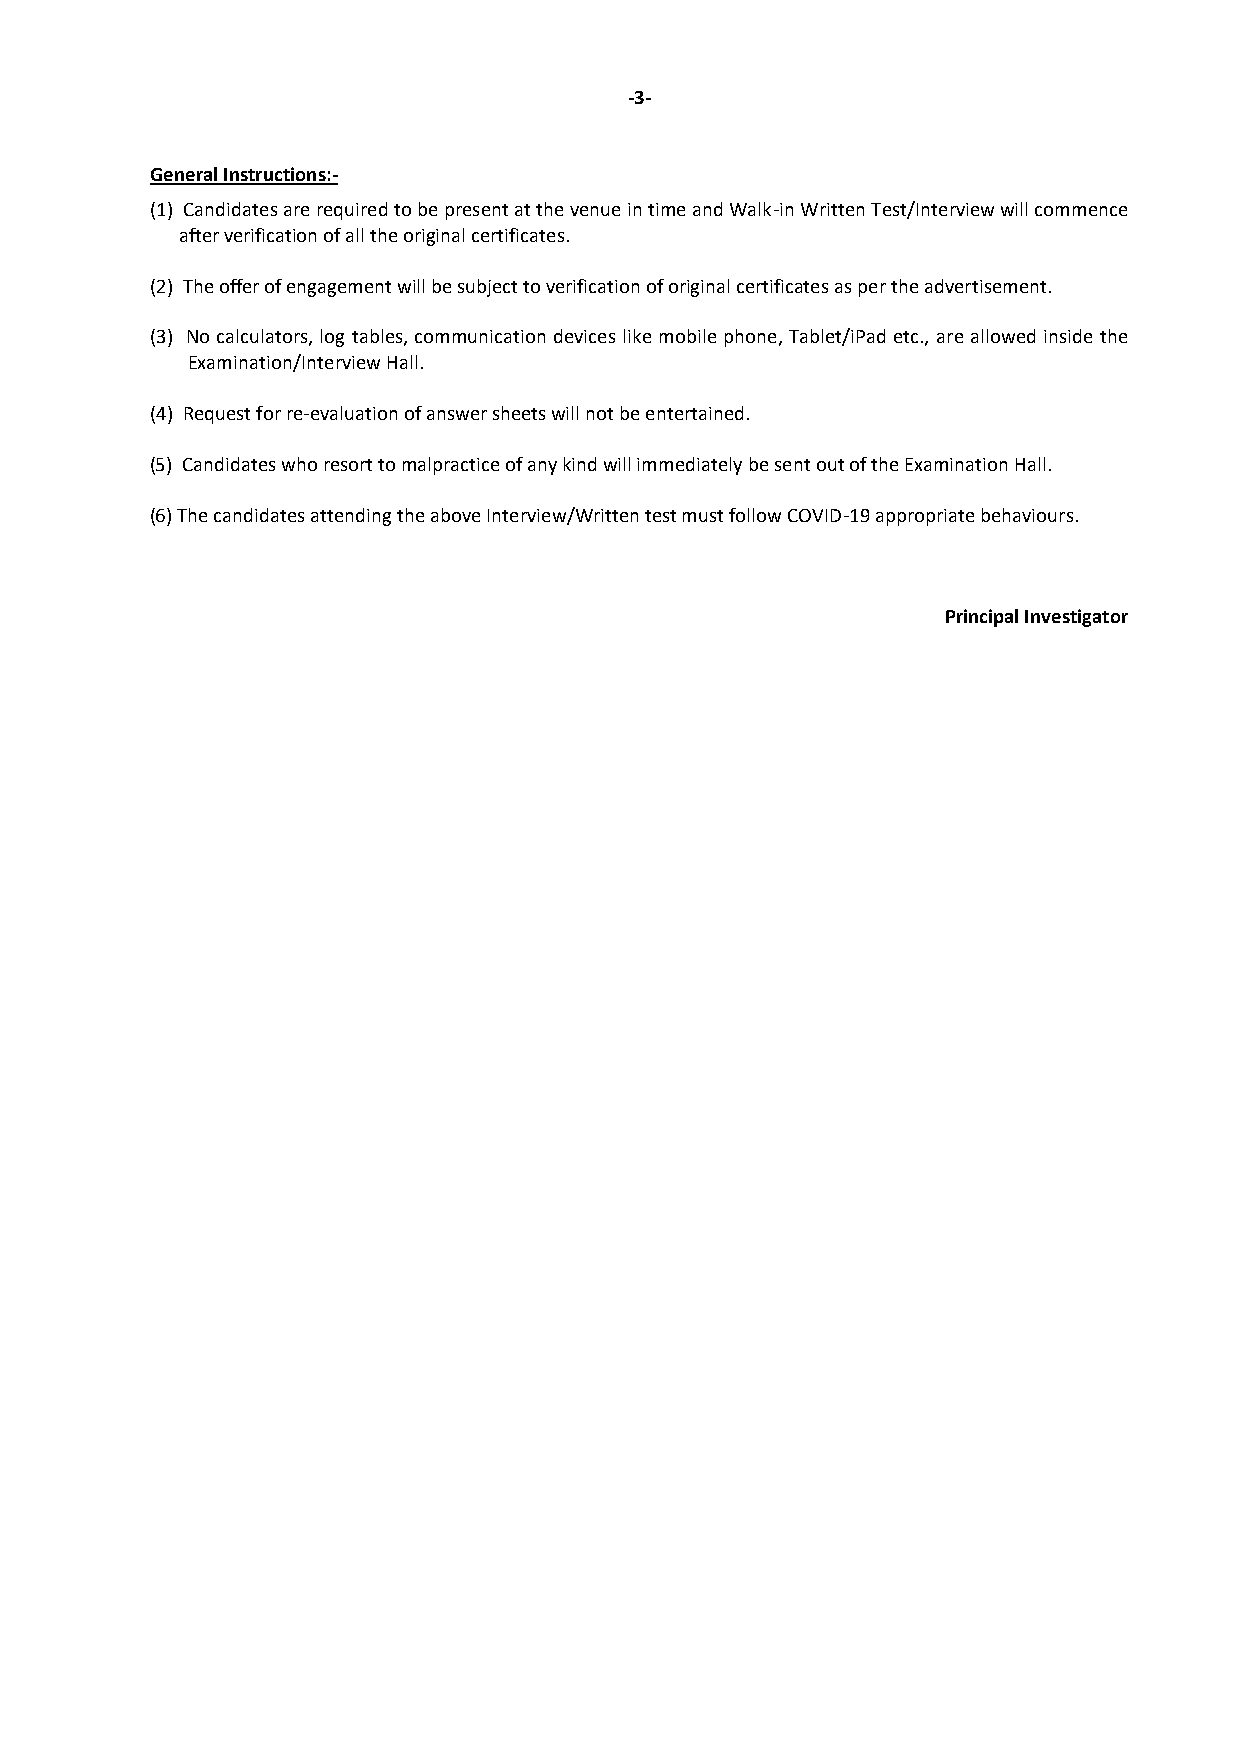
-3-
 General Instructions:-
 (1) Candidates are required to be present at the venue in time and Walk-in Written Test/Interview will commence
 after verification of all the original certificates.
 (2) The offer of engagement will be subject to verification of original certificates as per the advertisement.
 (3) No calculators, log tables, communication devices like mobile phone, Tablet/iPad etc., are allowed inside the
 Examination/Interview Hall.
 (4) Request for re-evaluation of answer sheets will not be entertained.
 (5) Candidates who resort to malpractice of any kind will immediately be sent out of the Examination Hall.
 (6) The candidates attending the above Interview/Written test must follow COVID-19 appropriate behaviours.
 Principal Investigator